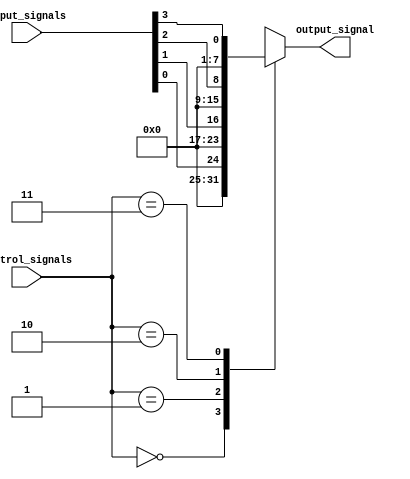
module mux_demux_buffer(
    input [7:0] input_signals,
    input [1:0] control_signals,
    output reg [7:0] output_signal
);

always @(input_signals, control_signals) begin
    case(control_signals)
        2'b00: output_signal = input_signals[0];
        2'b01: output_signal = input_signals[1];
        2'b10: output_signal = input_signals[2];
        2'b11: output_signal = input_signals[3];
        default: output_signal = 8'b0;
    endcase
end

endmodule